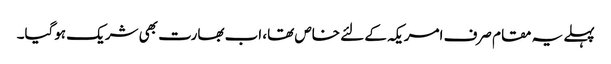
پہلے یہ مقام صرف امریکہ کے لئے خاص تھا، اب بھارت بھی شریک ہوگیا۔